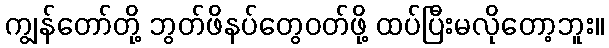
ကျွန်တော်တို့ ဘွတ်ဖိနပ်တွေဝတ်ဖို့ ထပ်ပြီးမလိုတော့ဘူး။